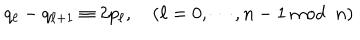
LaTeX: q _ { \ell } - q _ { \ell + 1 } \equiv 2 p _ { \ell } , \quad ( \ell = 0 , \cdots , n - 1 \mathrm { ~ m o d } \, \, \, n )